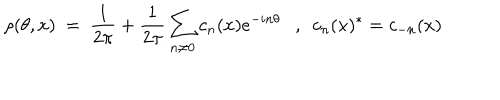
\rho ( \theta , x ) ~ = ~ \frac { 1 } { 2 \pi } + \frac { 1 } { 2 \pi } \sum _ { n \neq 0 } c _ { n } ( x ) e ^ { - i n \theta } , ~ ~ c _ { n } ( x ) ^ { * } = c _ { - n } ( x )